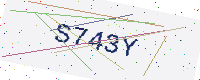
Text: S743Y